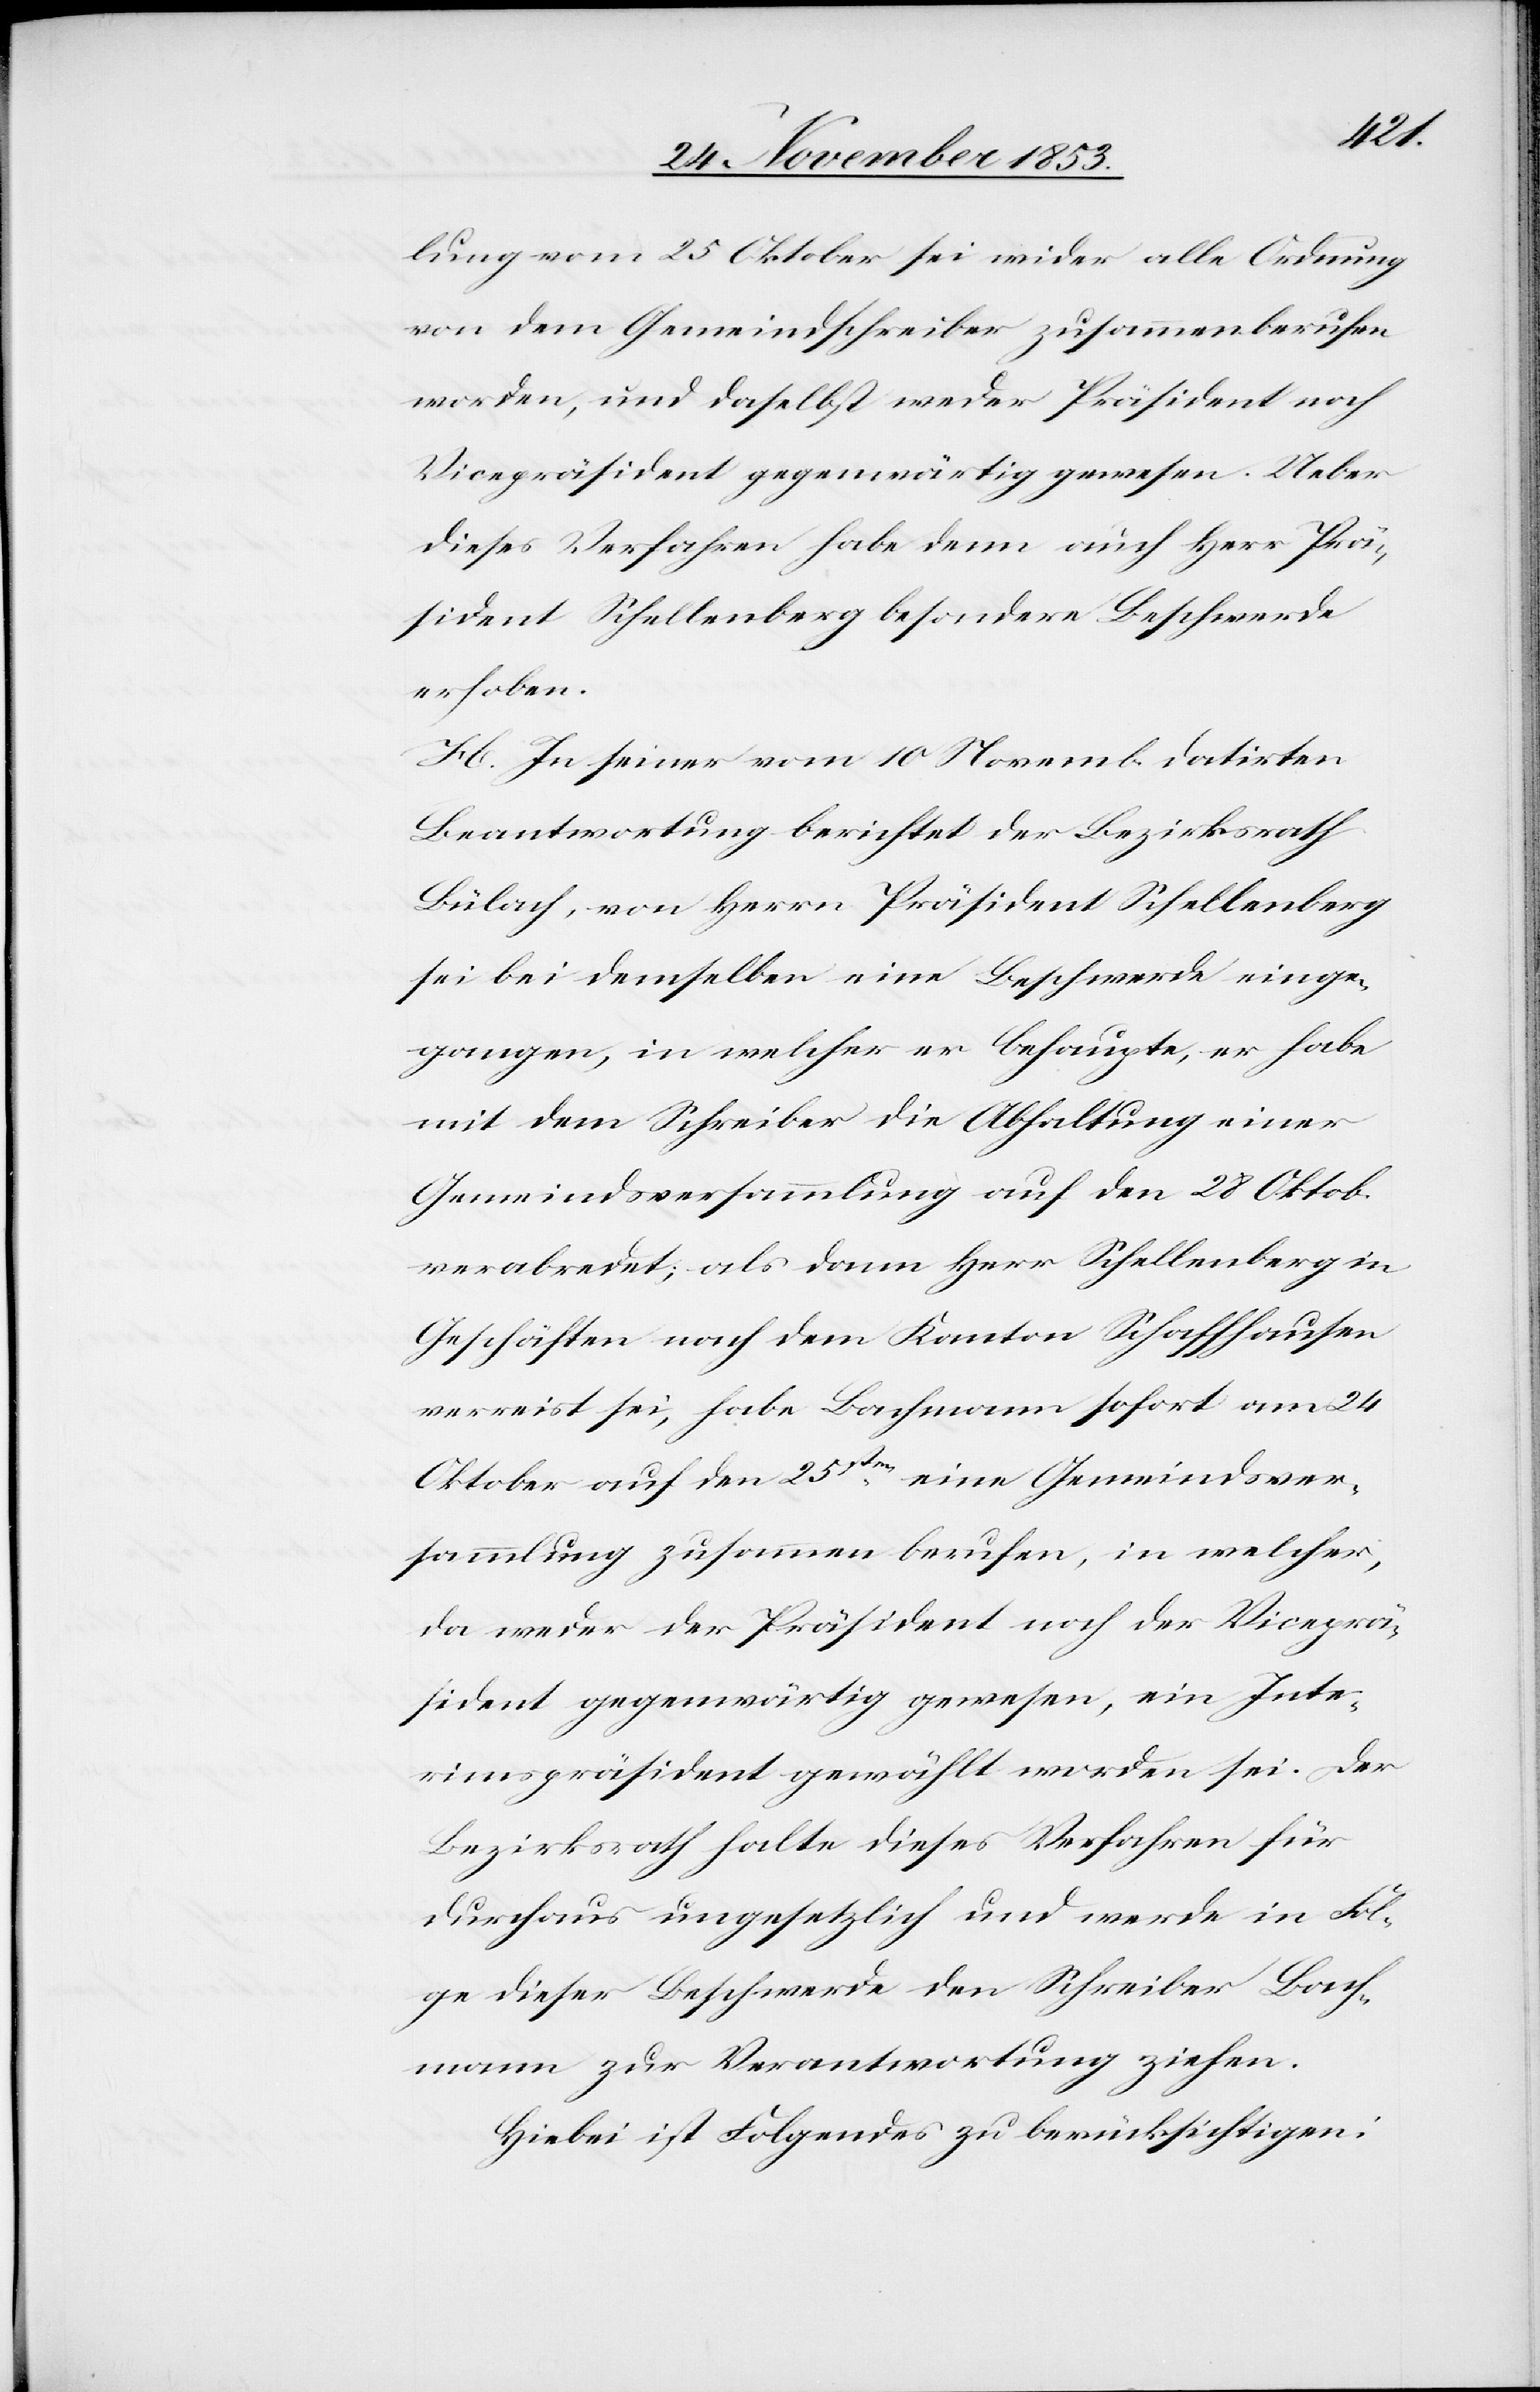
mlung vom 25 Oktober wieder alle Ordnung
von dem Gemeindschreiber zusammenberufen
worden, und daselbst weder Präsident noch
Vicepräsident gegenwärtig gewesen. Ueber
dieses Verfahren habe denn auch Herr Prä¬
sident Schellenberg besondere Beschwerde
erhoben.
H. In seiner vom 10 November datirten
Beantwortung berichtet der Bezirksrath
Bülach, von Herrn Präsident Schellenberg
sei bei demselben eine Beschwerde einge¬
gangen, in welcher er behaupte, er habe
mit dem Schreiber die Abhaltung einer
Gemeindsversammlung auf den 25 Oktob.
verabredet; als dann Herr Schellenberg in
Geschäften nach dem Kanton Schaffhausen
verreist sei, habe Bachmann sofort am 24
Oktober auf den 25sten eine Gemeindsver¬
sammlung zusammen berufen, in welcher,
da weder der Präsident noch der Viceprä¬
sident gegenwärtig gewesen, ein Inte¬
rimspräsident gewählt worden sei. Der
Bezirksrath halte dieses Verfahren für
durchaus ungesetzlich und werde in Fol¬
ge dieser Beschwerde den Schreiber Bach¬
mann zur Verantwortung ziehen.
Hiebei ist Folgendes zu berücksichtigen: